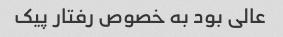
عالی بود به خصوص رفتار پیک